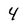
Character: 4